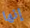
إنها